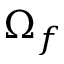
\Omega _ { f }